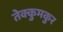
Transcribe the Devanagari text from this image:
तेक्कुमकुर